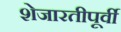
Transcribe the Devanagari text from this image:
शेजारतीपूर्वी